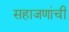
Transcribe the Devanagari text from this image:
सहाजणांची